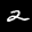
Label: 2